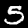
Digit: 5